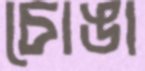
চোঙা